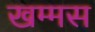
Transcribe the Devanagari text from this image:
खम्मस